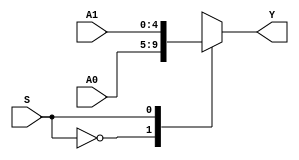

`timescale 1ns / 1ps
//////////////////////////////////////////////////////////////////////////////////
// Company: 
// Engineer: 
// 
// Design Name: 
// Module Name: MUX2X5
// Project Name: 
// Target Devices: 
// Tool Versions: 
// Description: 
// 
// Dependencies: 
// 
// Revision:
// Revision 0.01 - File Created
// Additional Comments:
// 
//////////////////////////////////////////////////////////////////////////////////


module MUX2X5(A0,A1,S,Y);
input [4:0] A0,A1;
input S;
output [4:0] Y;
function [4:0] select;
input [4:0] A0,A1;
input S;
case(S)
0:select=A0;
1:select=A1;
endcase
endfunction
assign Y=select(A0,A1,S);
endmodule